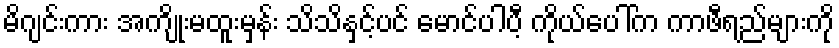
မိဂျင်းကား အကျိုးမထူးမှန်း သိသိနှင့်ပင် မောင်ပါပီ့ ကိုယ်ပေါ်က ကာဖီရည်များကို